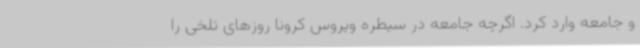
و جامعه وارد کرد. اگرچه جامعه در سیطره ویروس کرونا روزهای تلخی را